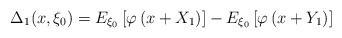
\begin{align*}\Delta_{1}(x,\xi_0)=E_{\xi_0}\left[\varphi\left(x+X_{1}\right)\right]-E_{\xi_{0}}\left[\varphi\left(x+Y_{1}\right)\right]\end{align*}